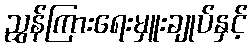
ညွှန်ကြားရေးမှူးချုပ်နှင့်